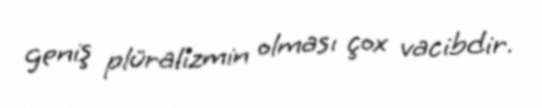
geniş plüralizmin olması çox vacibdir.